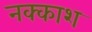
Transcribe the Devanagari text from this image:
नक्‍काश